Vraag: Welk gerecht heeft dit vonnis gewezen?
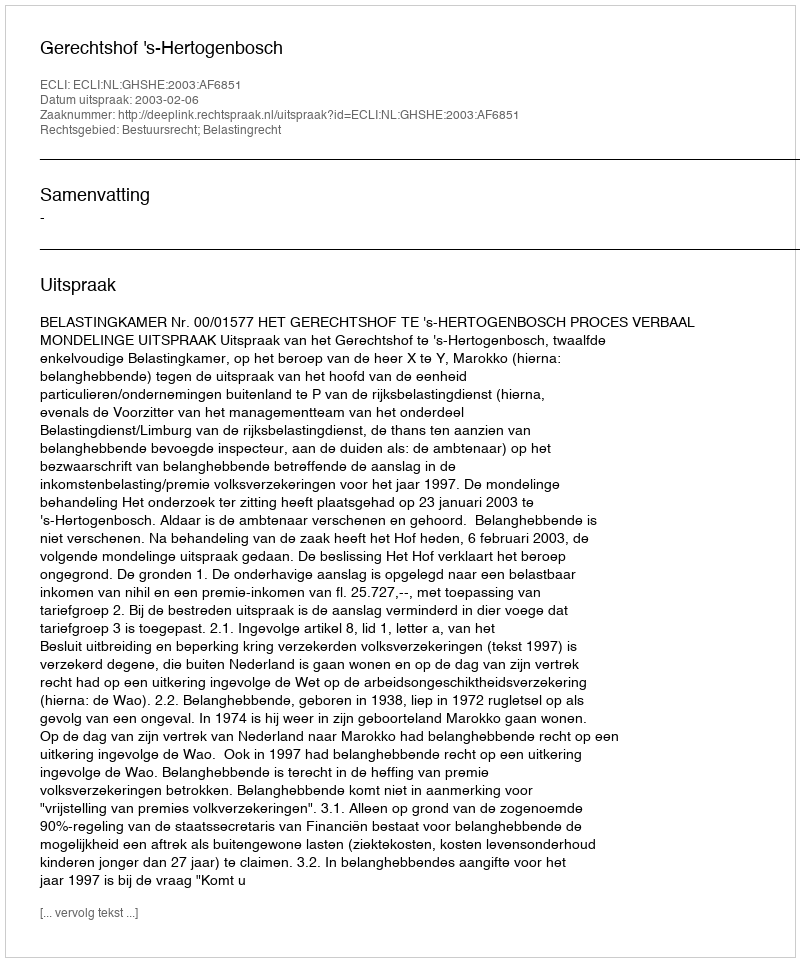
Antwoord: Gerechtshof 's-Hertogenbosch